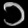
Digit: ၁